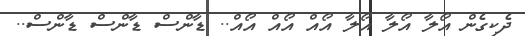
ދެކިގެން އޯލާ އޯލާ އޯލާ އޯއް އޯއް އޯއް.. ޑާންސް ޑާންސް ޑާންސް..